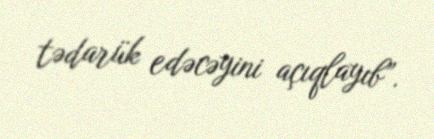
tədarük edəcəyini açıqlayıb”.